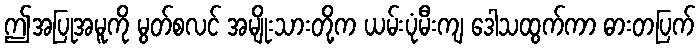
ဤအပြုအမူကို မွတ်စလင် အမျိုးသားတို့က ယမ်းပုံမီးကျ ဒေါသထွက်ကာ ဓားတပြက်